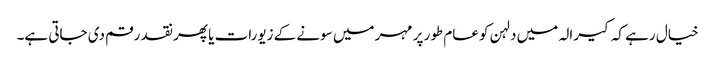
خیال رہے کہ کیرالہ میں دلہن کو عام طور پر مہر میں سونے کے زیورات یا پھر نقد رقم دی جاتی ہے۔